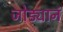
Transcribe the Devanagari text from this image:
जोड्यानं